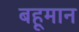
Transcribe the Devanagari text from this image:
बहूमान